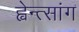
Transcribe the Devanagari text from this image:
ह्वेन्त्सांग